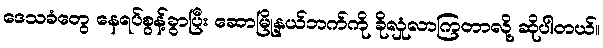
ဒေသခံတွေ နေရပ်စွန့်ခွာပြီး ဆောမြို့နယ်ဘက်ကို ခိုလှုံလာကြတာလို့ ဆိုပါတယ်။